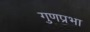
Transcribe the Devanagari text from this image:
गुणप्रभा